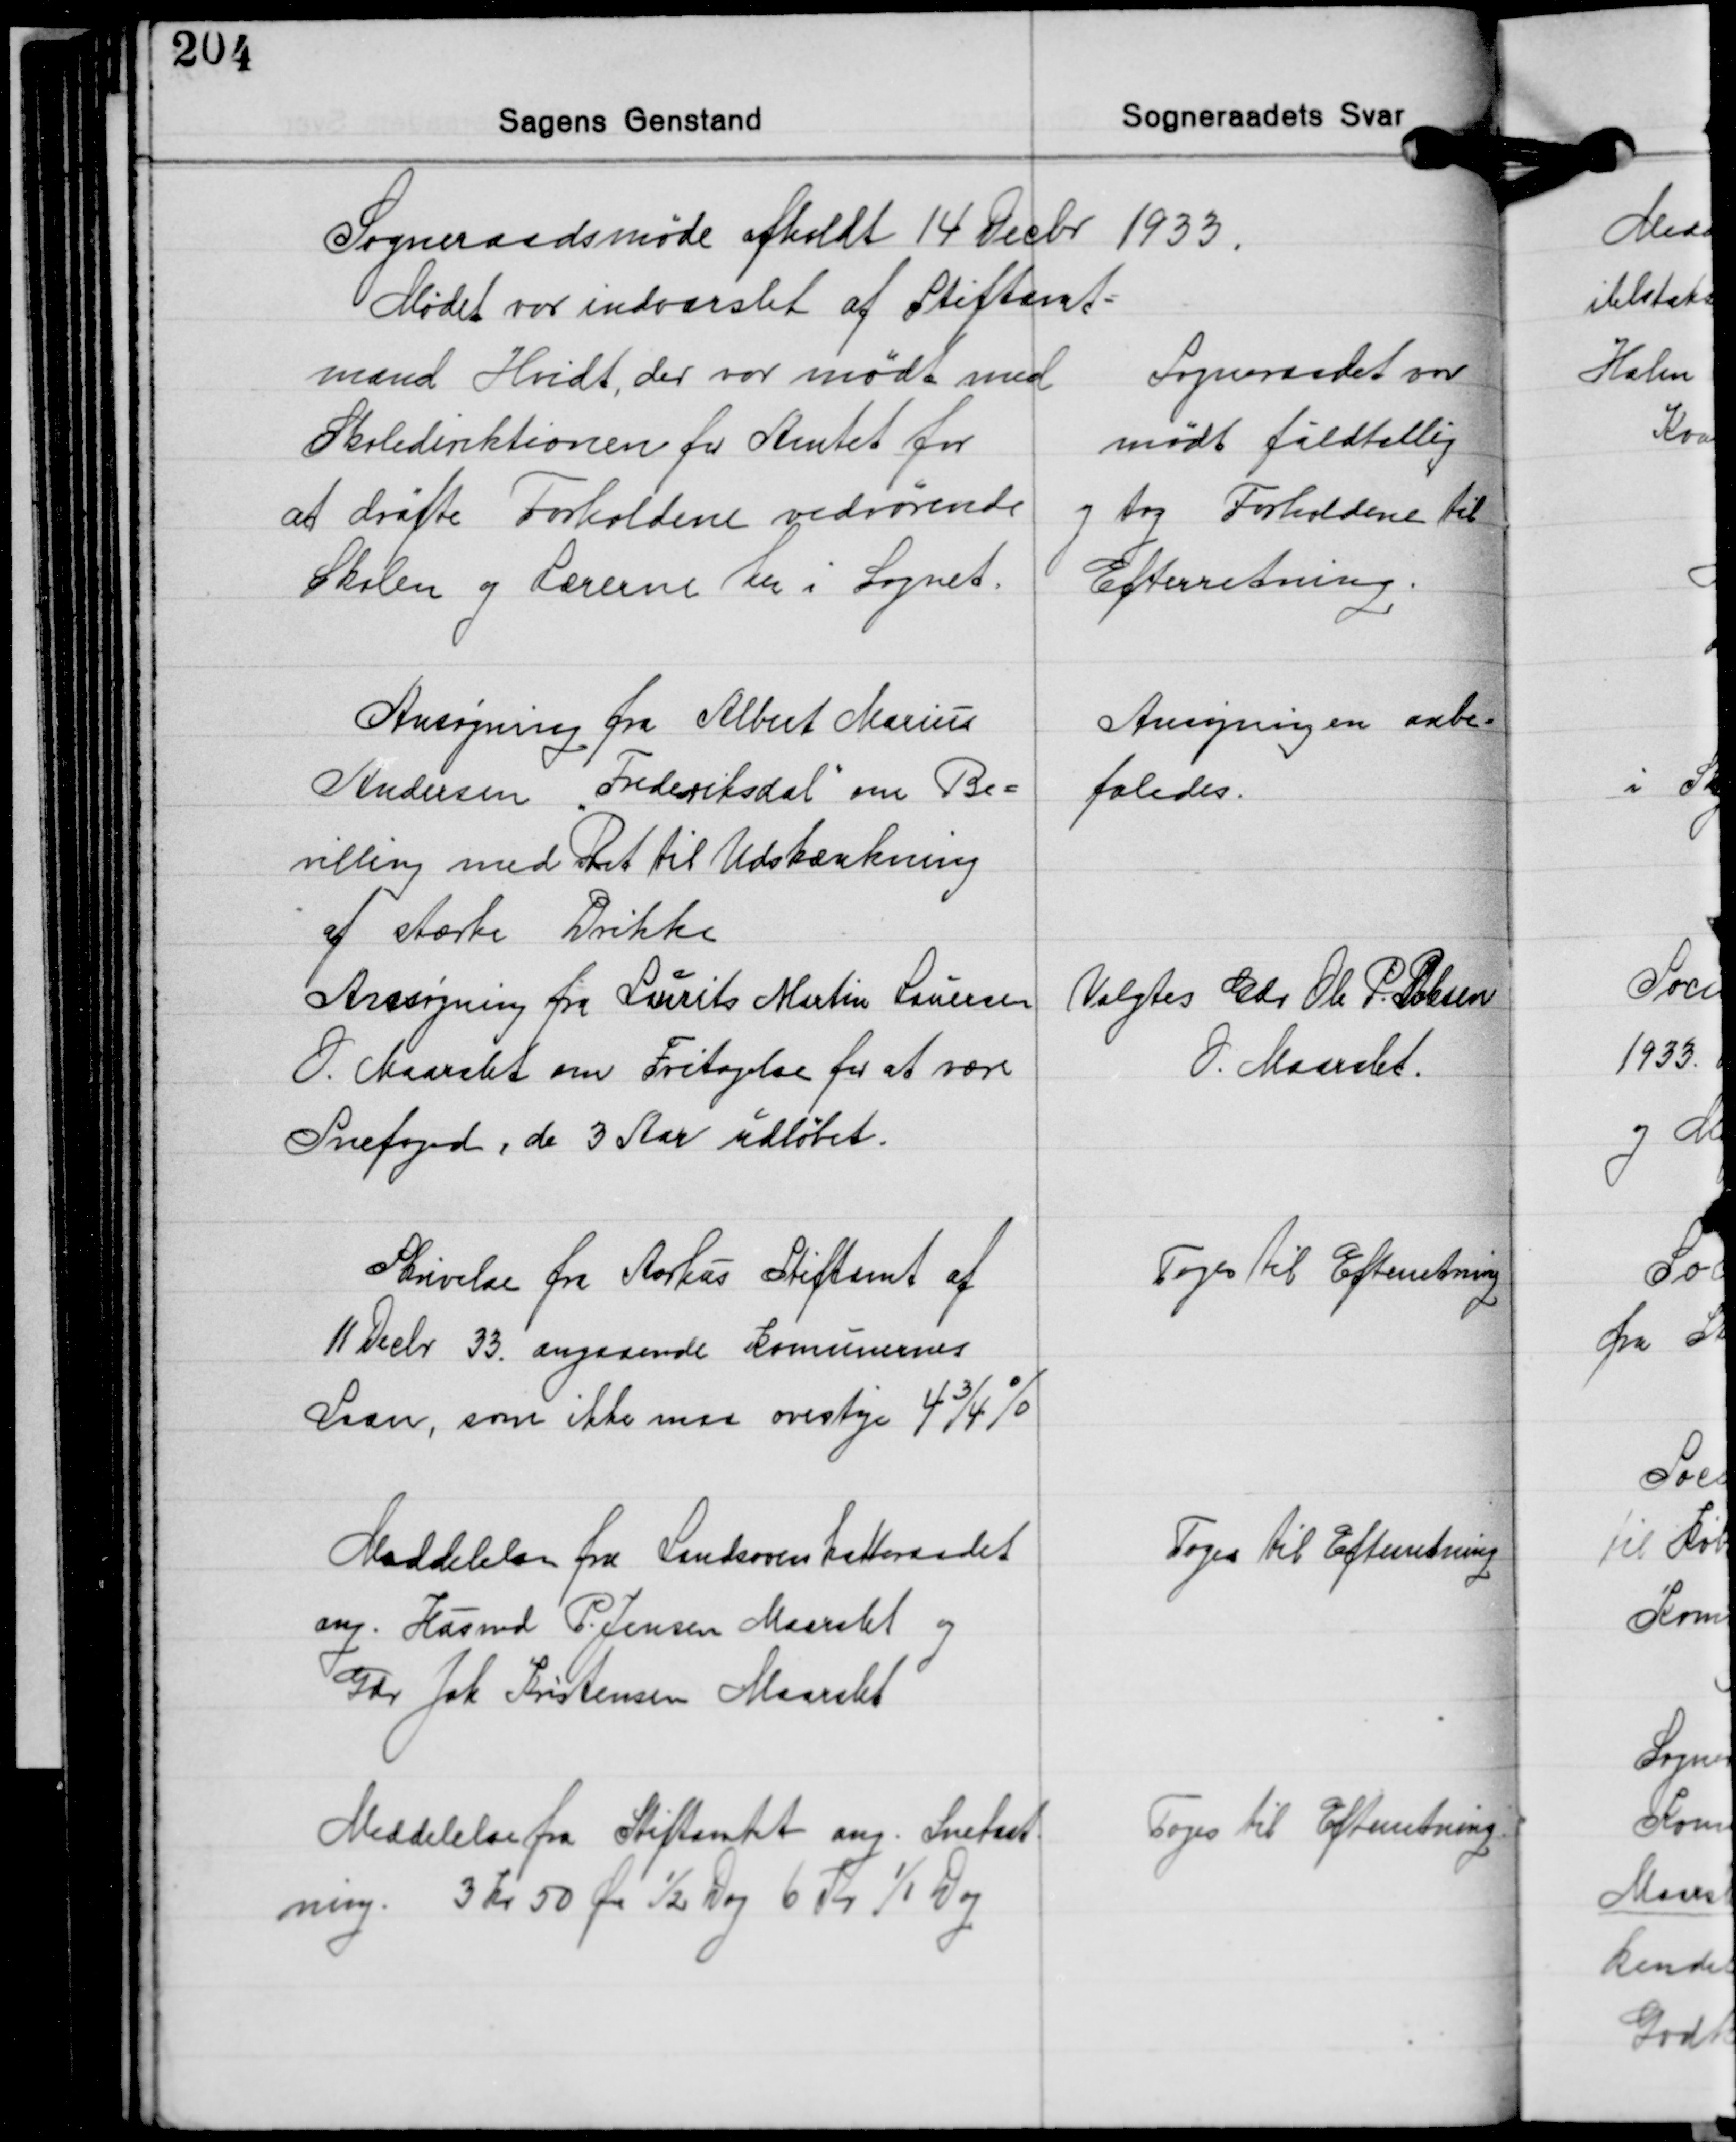
Transskription:
Sogneraadsmøde afholdt 14 Decbr. 1933

Mødet var indvarslet af Stiftamt-
mand Hvidt, der var mødt med
Skoledirektionen for Amtet for
af drøfte Forholdene vedrørende
Skolen og Lærerne her i Sognet.

Sogneraadet var
mødt fuldtallig
og tog Forholdene til
Efterretning.

Ansøgning fra Albert Marius
Andersen "Frederiksdal" om Be-
villing med Ret til Udskænkning
af stærke Drikke
Ansøgning fra Lurits Martin Lauersen
O. Maarslet om Fritagelse for at være
Snefoged, de 3 Aar udløbet.

Ansøgningen anbe-
faledes.

Valgtes Gdr. Ole P. Poulsen
O. Maarslet.

Skrivelse fra Aarhus Stiftamt af
11 Decbr. 33 angaaende kommunens
Laan, som ikke maa ovestige 4¾%

Toges til Efterretning

Meddelelse fra Landsoverskatteraadet
ang. Husmd. P. Jensen Maarslet og
Gdr. Joh. Kristensen Maarslet

Toges til Efterretning

Meddelelse fra Stiftamtet ang. Snekast-
ning. 3 Kr 50 Øre ½ Dag 6 Kr 1/1 Dag

Toges til Efterretning